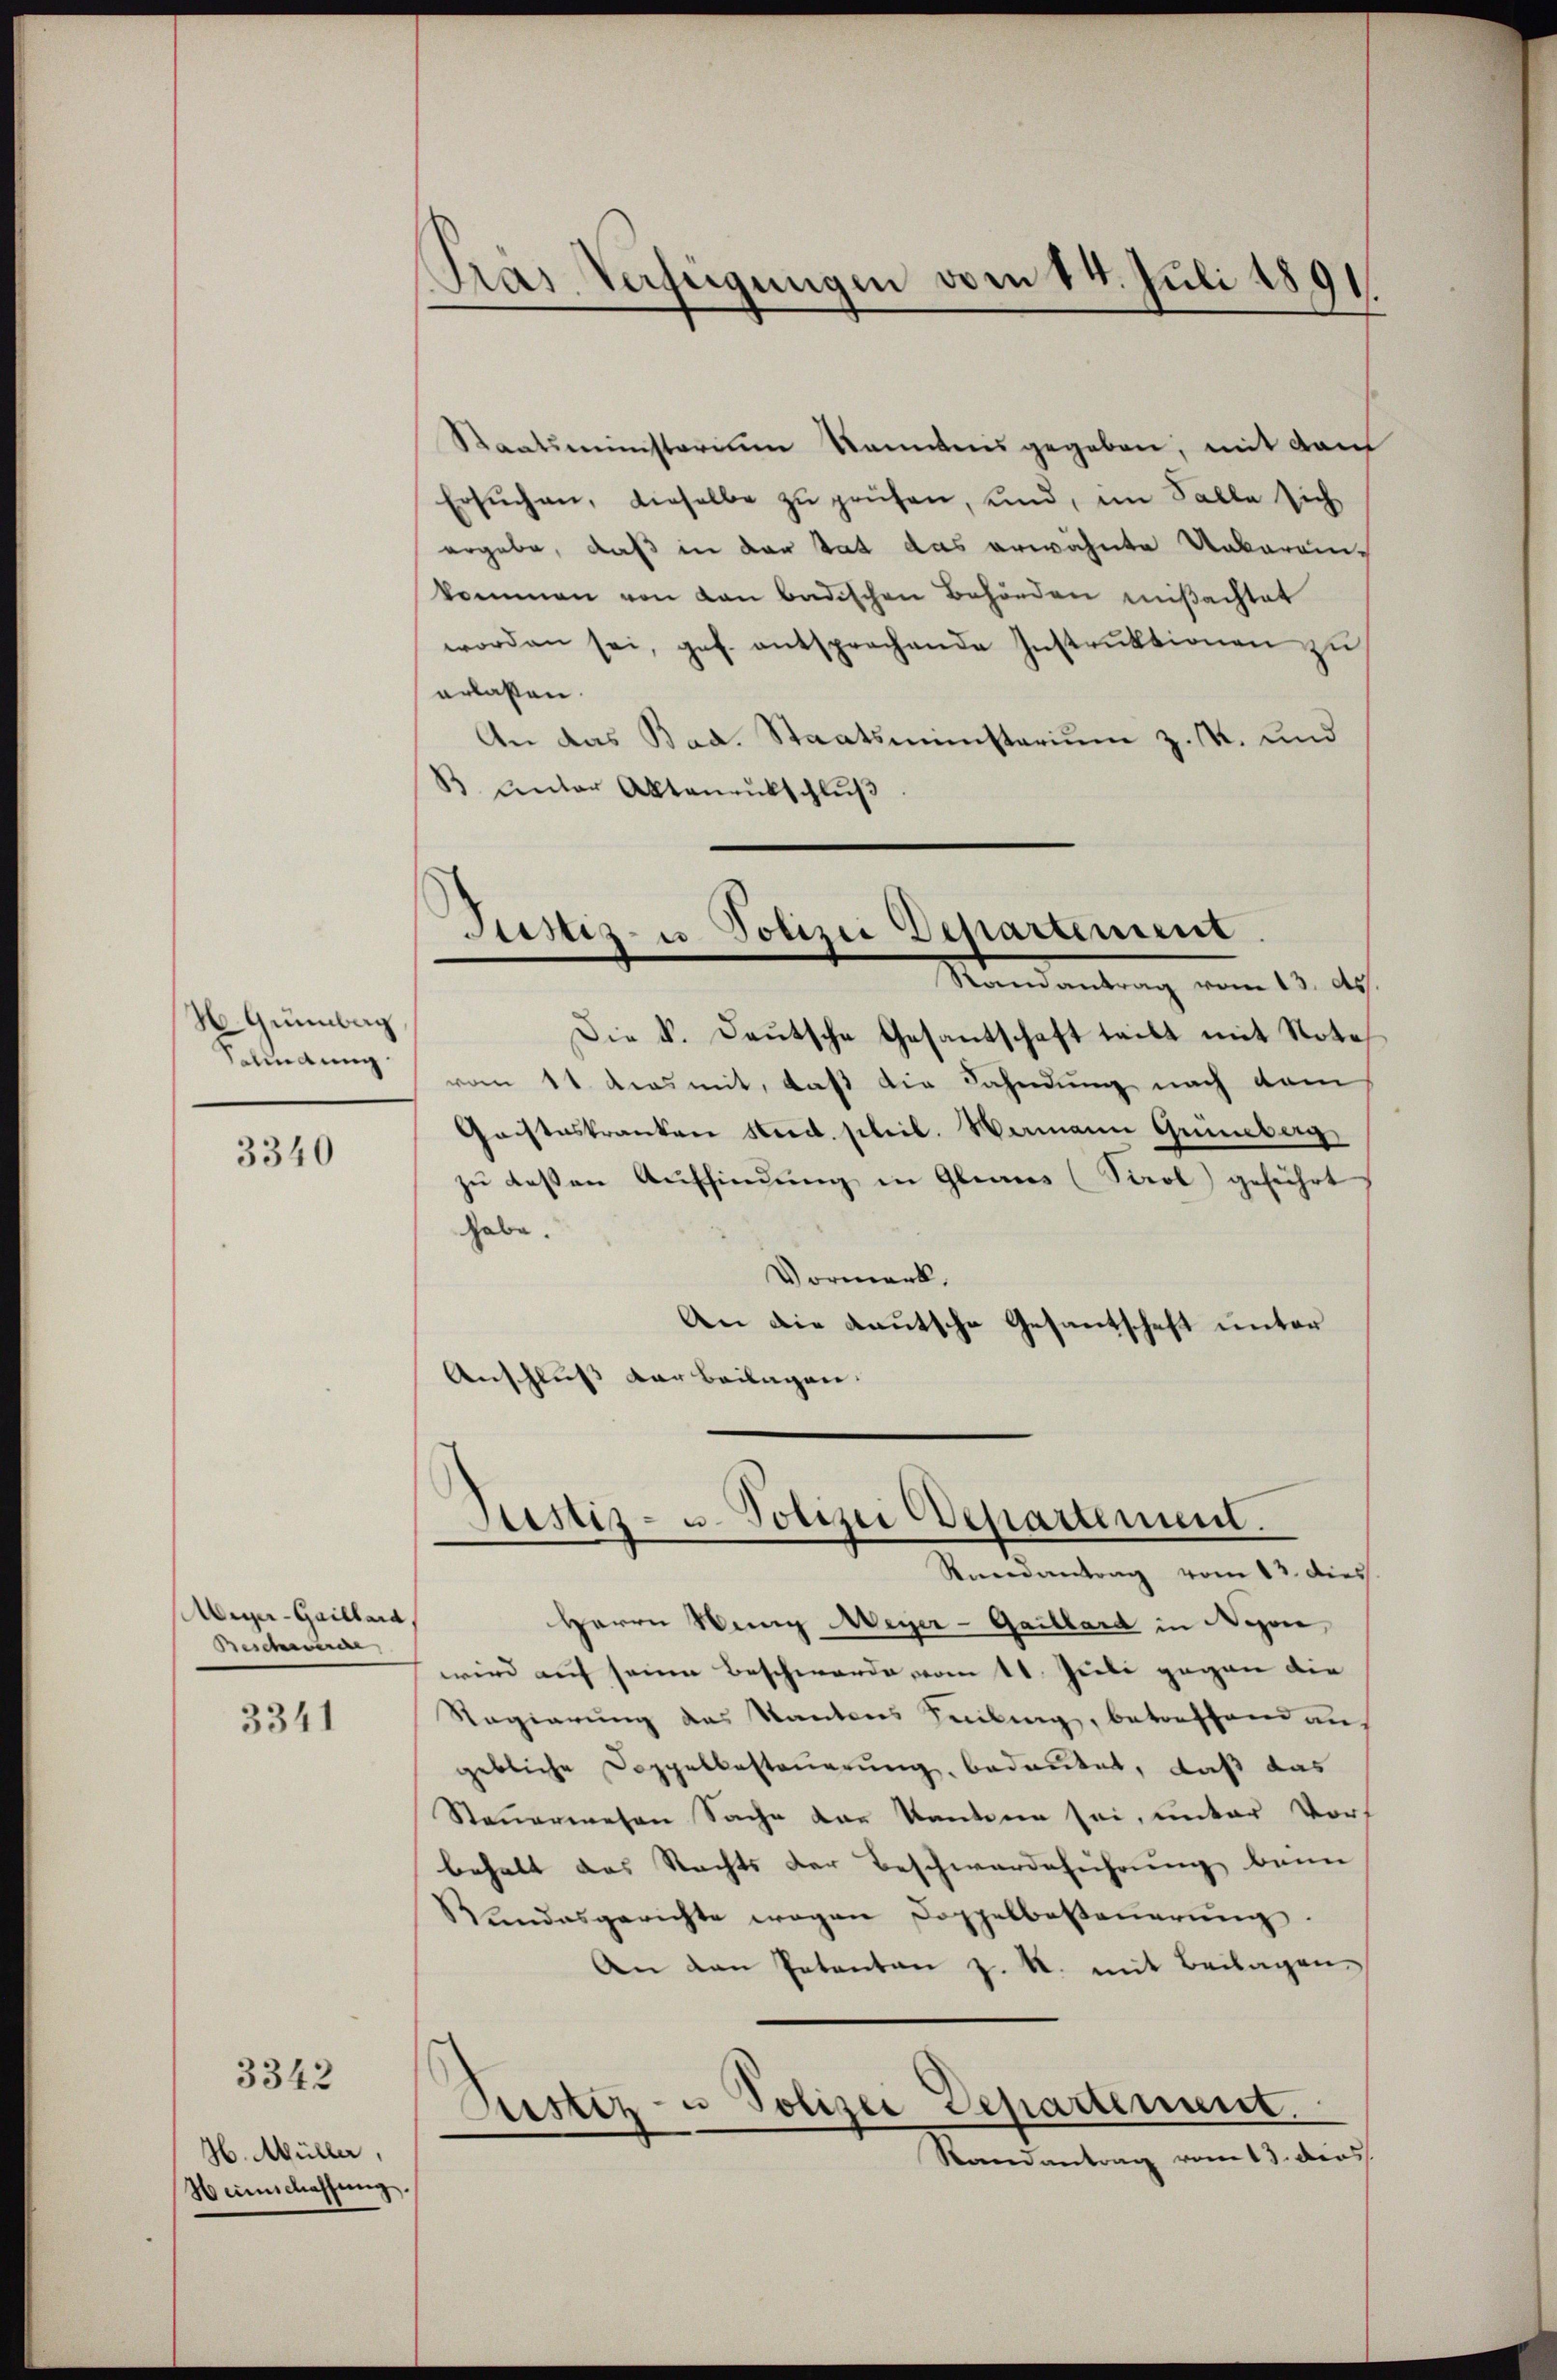
H. Grünberg,
Balindung.

3340

Miger-Gaillard
Beschwerde

3341

H. Müller,
Heimschaffung.

3342

Tras Verfügungen vom 14. Juli 1891.

Justiz- u Polizei Departement
Mandantung vom 13. ds.

Staatsministerium kanntens gegeben, mit dem
Ersŭchen, dieselbe zŭ prüfen, und, im Falle sich
ergabe, daß in der tat das erwähnte Urbarain-
kommen von von badischen Behörden mißachtet
worden sei, gef. entsprechende Instrŭktionen zŭ
erlassen.
An das Bad. Staatsministerium z. R. und
B unter Aktenentschluß
Die k. Deutsche Gesantschaft teilt mit Note
vom 11. das mit, daß die Fahndung nach dem
Gaisteskranken Stud. scheil. Wamann Grünberg
zu deßen Auffindung in Glarus (Saol) geführt,
habe.
Vormerk.
An die Kautsche Gesantschaft unter
Anschluss der Beilagen. |
Justiz- u. Polizei Departement.
Knenantrag vom 13. dies
Herrn Nunz Meyer-Gaillard in Nyon,
wird auf seiner Beschwerde vom 11. Juli gegen die
Ragierung des Kantons Seling, betreffend auf
gebliche Doppelbesteuerung, bedeutet, daß das
Steuerwesen Sache der kantone sei, unter Vors
behalt das Rechts der Beschwerdeführung beim
Rundesgerichte wegen Doppelbesteŭerŭng.
An dan Petentan z. R. mit Beilagen
Rustiz- u Polizei Departement.
Randantrag vom 13. dies